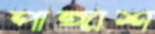
পাঙ্গাশ